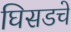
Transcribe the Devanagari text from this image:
घिसडचे